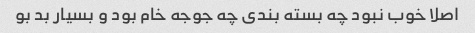
اصلا خوب نبود چه بسته بندی چه جوجه خام بود و بسیار بد بو